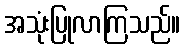
အသုံးပြုလာကြသည်။